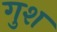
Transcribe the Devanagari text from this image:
गुश